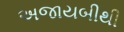
અજાયબીથી